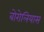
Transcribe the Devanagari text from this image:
बोरोलियास